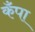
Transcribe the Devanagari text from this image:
कँपा